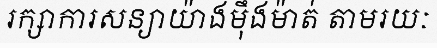
រក្សាការសន្យាយ៉ាងម៉ឹងម៉ាត់ តាមរយៈ